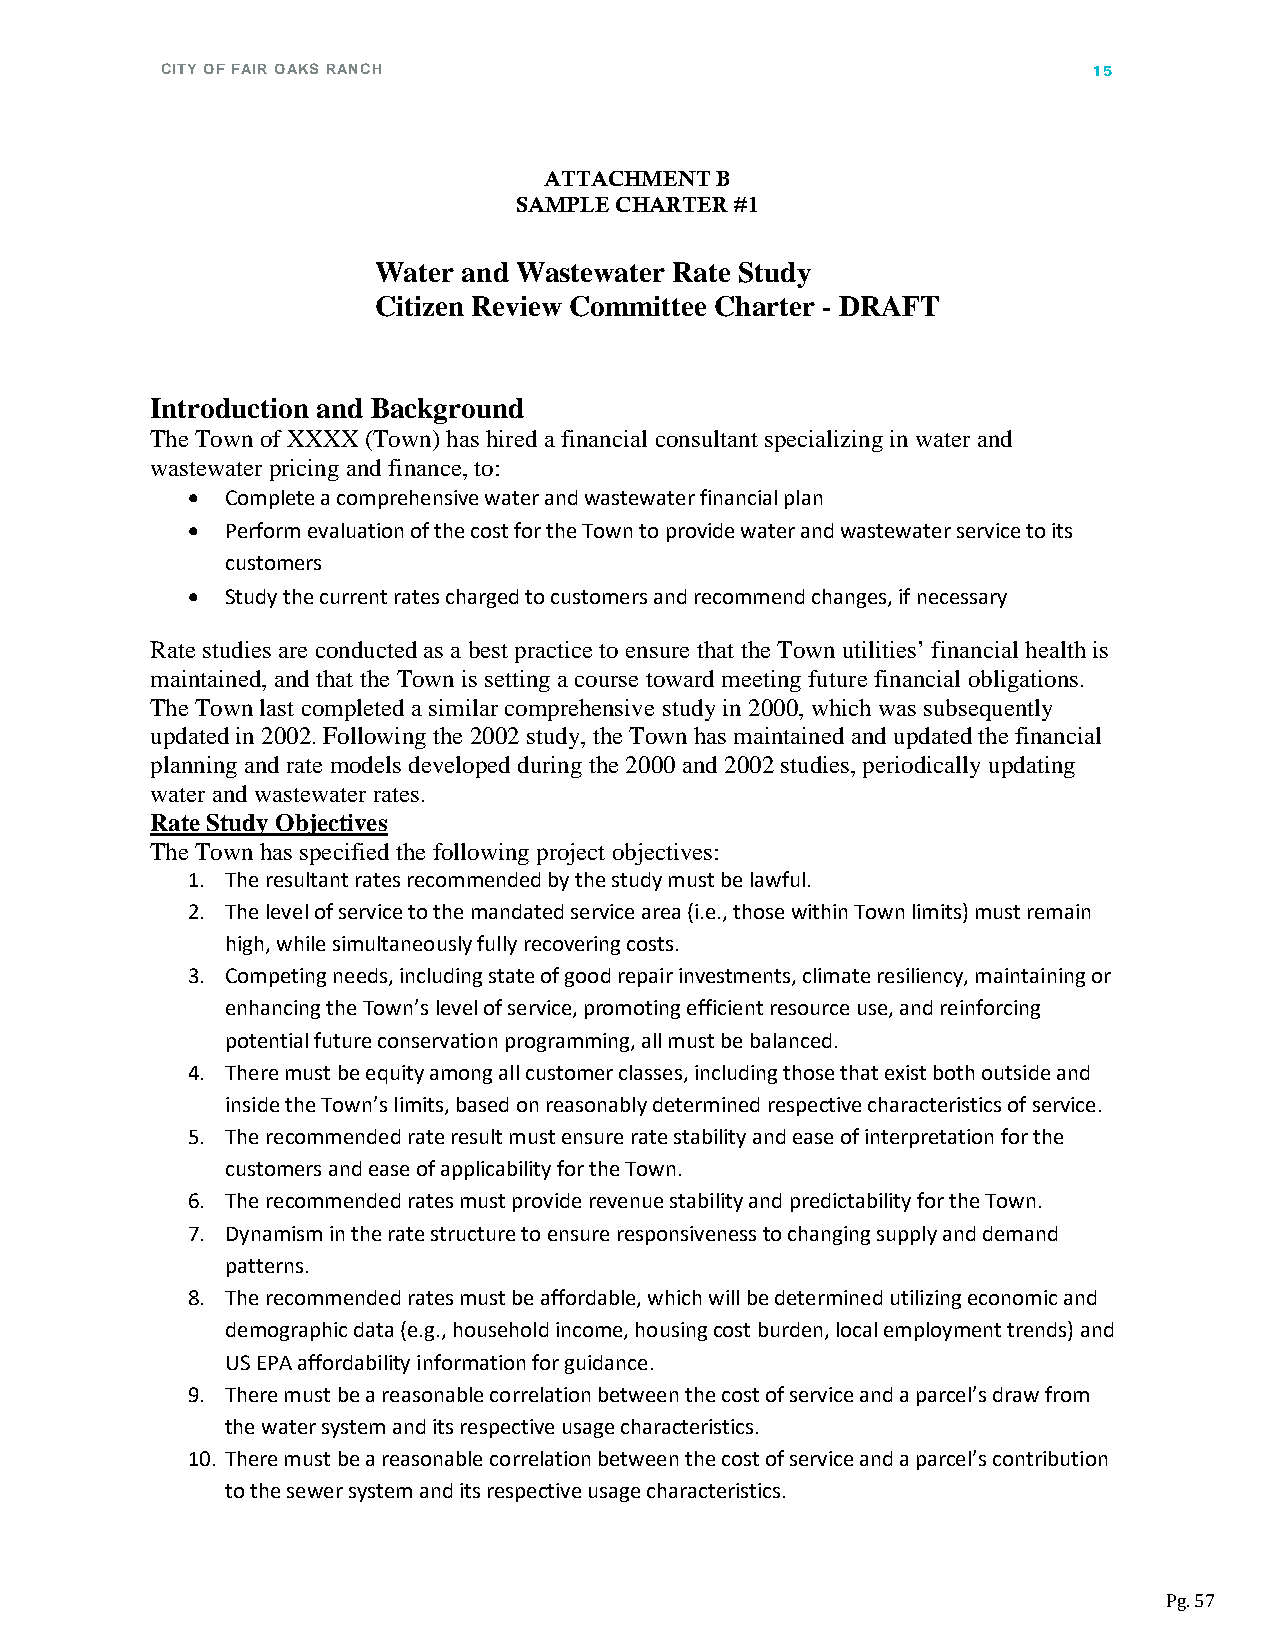
CITY OF FAIR OAKS RANCH                                      15
 ATTACHMENT B
 SAMPLE CHARTER #1
 Water and Wastewater Rate Study
 Citizen Review Committee Charter - DRAFT
 Introduction and Background
 The Town of XXXX (Town) has hired a financial consultant specializing in water and
 wastewater pricing and finance, to:
 •  Complete a comprehensive water and wastewater financial plan
 •  Perform evaluation of the cost for the Town to provide water and wastewater service to its
 customers
 •  Study the current rates charged to customers and recommend changes, if necessary
 Rate studies are conducted as a best practice to ensure that the Town utilities’ financial health is
 maintained, and that the Town is setting a course toward meeting future financial obligations.
 The Town last completed a similar comprehensive study in 2000, which was subsequently
 updated in 2002. Following the 2002 study, the Town has maintained and updated the financial
 planning and rate models developed during the 2000 and 2002 studies, periodically updating
 water and wastewater rates.
 Rate Study Objectives
 The Town has specified the following project objectives:
 1. The resultant rates recommended by the study must be lawful.
 2. The level of service to the mandated service area (i.e., those within Town limits) must remain
 high, while simultaneously fully recovering costs.
 3. Competing needs, including state of good repair investments, climate resiliency, maintaining or
 enhancing the Town’s level of service, promoting efficient resource use, and reinforcing
 potential future conservation programming, all must be balanced.
 4. There must be equity among all customer classes, including those that exist both outside and
 inside the Town’s limits, based on reasonably determined respective characteristics of service.
 5. The recommended rate result must ensure rate stability and ease of interpretation for the
 customers and ease of applicability for the Town.
 6. The recommended rates must provide revenue stability and predictability for the Town.
 7. Dynamism in the rate structure to ensure responsiveness to changing supply and demand
 patterns.
 8. The recommended rates must be affordable, which will be determined utilizing economic and
 demographic data (e.g., household income, housing cost burden, local employment trends) and
 US EPA affordability information for guidance.
 9. There must be a reasonable correlation between the cost of service and a parcel’s draw from
 the water system and its respective usage characteristics.
 10. There must be a reasonable correlation between the cost of service and a parcel’s contribution
 to the sewer system and its respective usage characteristics.
 Pg. 57